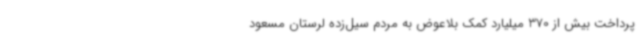
پرداخت بیش از 370 میلیارد کمک بلاعوض به مردم سیل‌زده لرستان مسعود